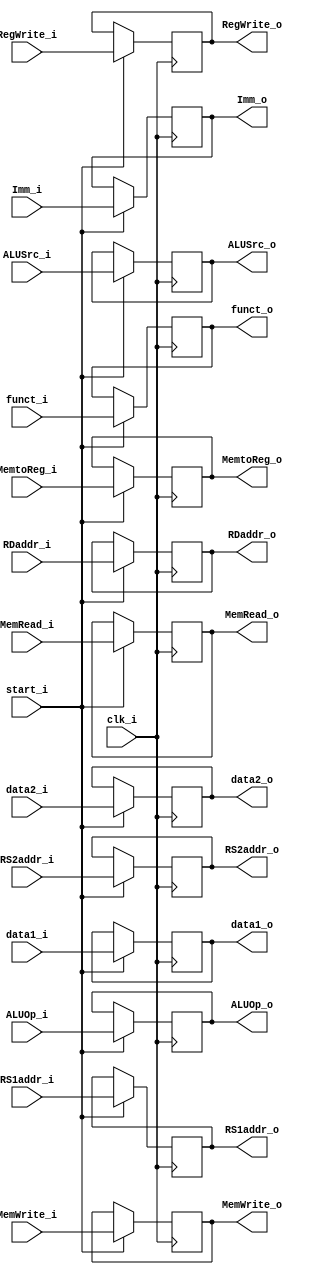
module ID_EX
(
    clk_i,
    start_i,
    RegWrite_i,
    MemtoReg_i,
    MemRead_i,
    MemWrite_i,
    ALUOp_i,
    ALUSrc_i,
    data1_i,
    data2_i,
    Imm_i,
    funct_i,
    RS1addr_i,
    RS2addr_i,
    RDaddr_i, 

    RegWrite_o,
    MemtoReg_o,
    MemRead_o,
    MemWrite_o,
    ALUOp_o,
    ALUSrc_o,
    data1_o,
    data2_o,
    Imm_o,
    funct_o,
    RS1addr_o,
    RS2addr_o,
    RDaddr_o, 
);

input   clk_i;
input   start_i;
input   RegWrite_i;
input   MemtoReg_i;
input   MemRead_i;
input   MemWrite_i;
input   [1:0]   ALUOp_i;
input   ALUSrc_i;
input   [31:0]  data1_i;
input   [31:0]  data2_i;
input   [31:0]  Imm_i;
input   [9:0]   funct_i;
input   [4:0]   RS1addr_i;
input   [4:0]   RS2addr_i;
input   [4:0]   RDaddr_i;

output   RegWrite_o;
output   MemtoReg_o;
output   MemRead_o;
output   MemWrite_o;
output  [1:0]   ALUOp_o;
output  ALUSrc_o;
output  [31:0]  data1_o;
output  [31:0]  data2_o;
output  [31:0]  Imm_o;
output  [9:0]   funct_o;
output  [4:0]   RS1addr_o;
output  [4:0]   RS2addr_o;
output  [4:0]   RDaddr_o;

reg             RegWrite_o;
reg             MemtoReg_o;
reg             MemRead_o;
reg             MemWrite_o;
reg     [1:0]   ALUOp_o;
reg             ALUSrc_o;
reg     [31:0]  data1_o; 
reg     [31:0]  data2_o;
reg     [31:0]  Imm_o;
reg     [9:0]   funct_o;
reg     [4:0]   RS1addr_o;
reg     [4:0]   RS2addr_o;
reg     [4:0]   RDaddr_o;

always@(posedge clk_i) begin
    if(start_i)begin
        RegWrite_o <= RegWrite_i;
        MemtoReg_o <= MemtoReg_i;
        MemRead_o <= MemRead_i;
        MemWrite_o <= MemWrite_i;
        ALUOp_o <= ALUOp_i;
        ALUSrc_o <= ALUSrc_i;
        data1_o <= data1_i;
        data2_o <= data2_i;
        Imm_o <= Imm_i;
        funct_o <= funct_i;
        RS1addr_o <= RS1addr_i;
        RS2addr_o <= RS2addr_i;
        RDaddr_o <= RDaddr_i;
    end
end

endmodule